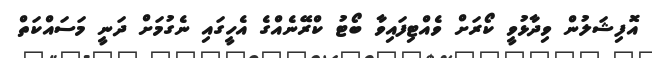
އޮފިޝަލުން ވިދާޅުވީ ކޯރަށް ވެއްޓިފައިވާ ބޯޓު ކްރޭނެއްގެ އެހީގައި ނެގުމަށް ދަނީ މަސައްކަތް